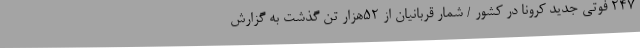
247 فوتی جدید کرونا در کشور / شمار قربانیان از 52هزار تن گذشت به گزارش